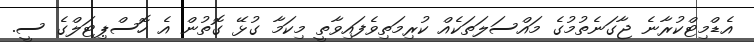
އެޑްމިޓްކުރާނެ ޖާގަނެތުމުގެ މައްސަލަތަކެއް ކުރިމަތިވެފައިވާތީ މިކަމާ ގުޅޭ ގޮތުން އެ ހޮސްޕިޓަލްގެ ސީ.